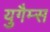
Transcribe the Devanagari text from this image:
युगैम्स